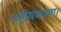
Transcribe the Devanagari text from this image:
राष्ट्रीयकरण।